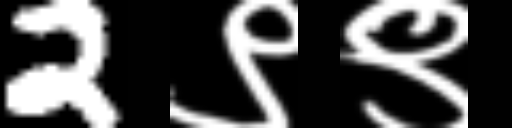
Text: 2९९